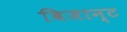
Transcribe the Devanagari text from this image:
बिजान्ट